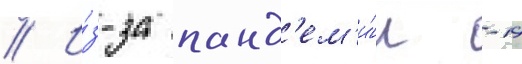
// И́з-за панд'ем'и́и -19